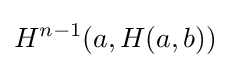
H^{n-1}(a,H(a,b))